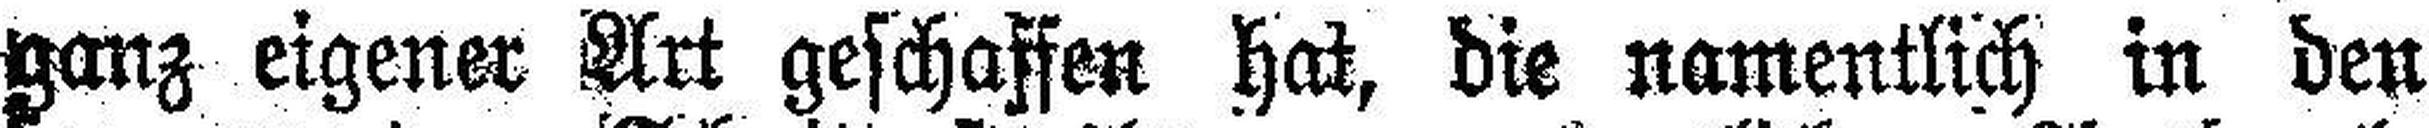
ganz eigener Art geschaffen hat, die namentlich in den